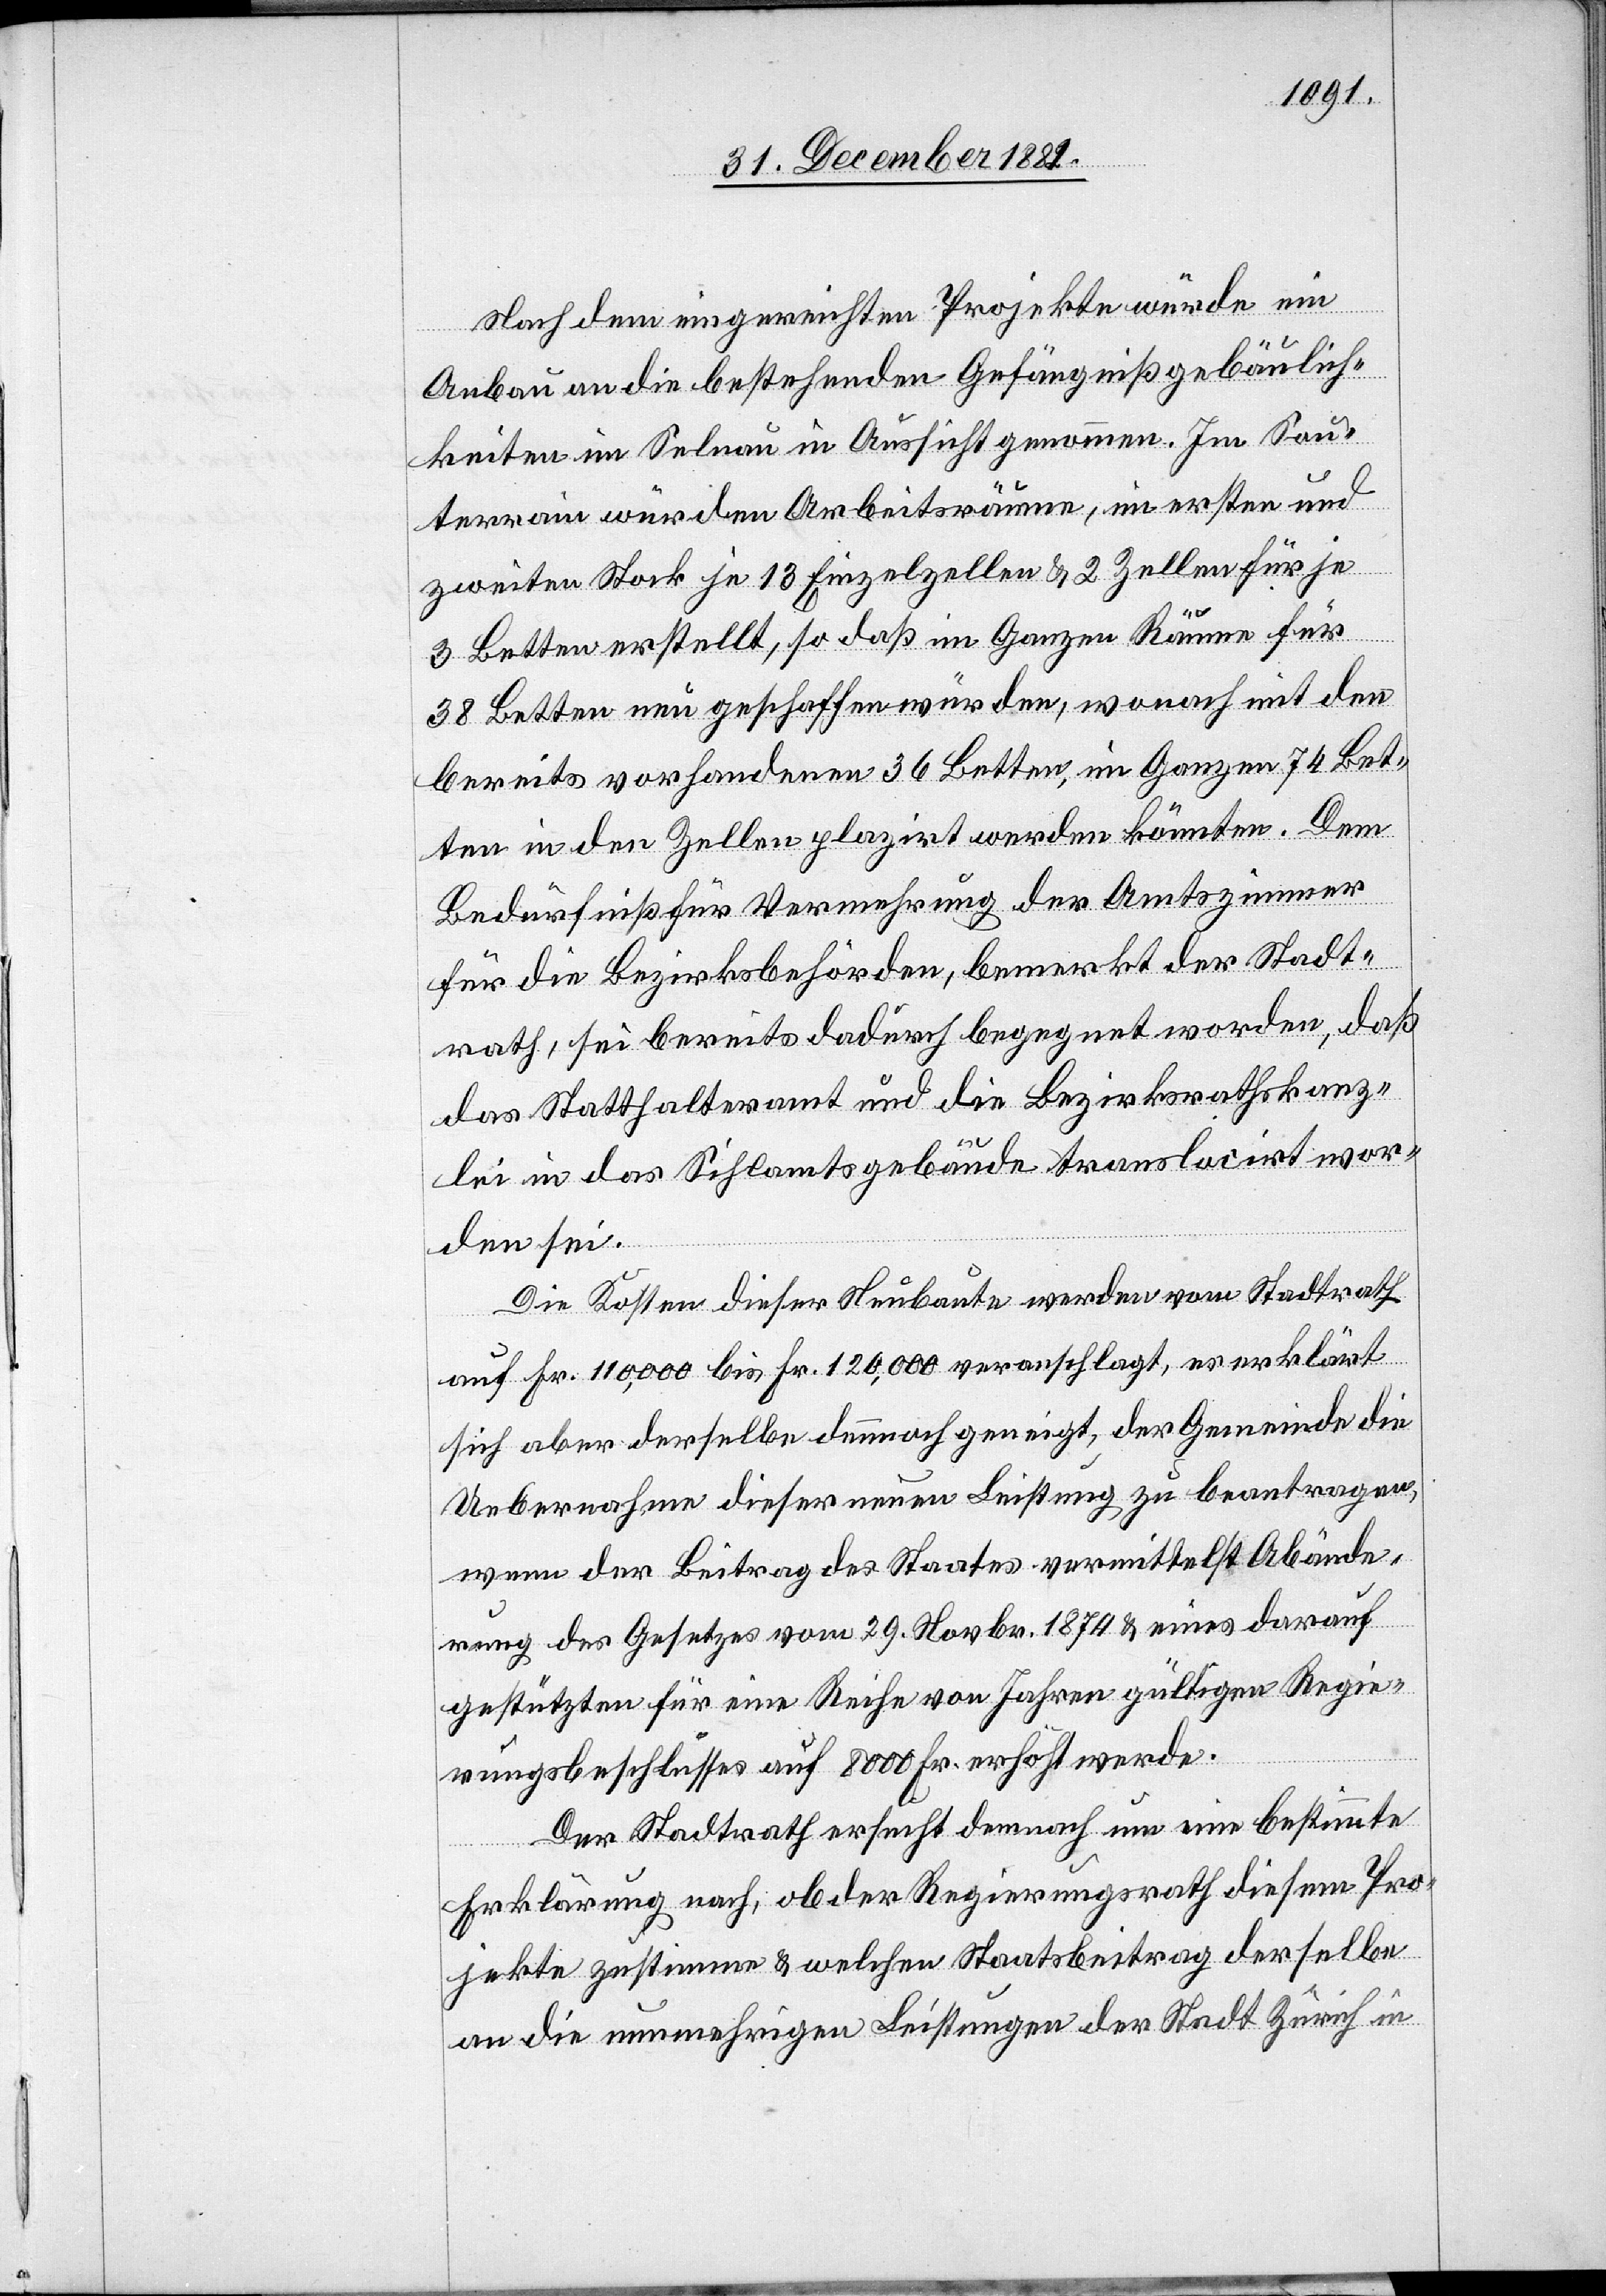
Nach dem eingereichten Projekte würde ein
Anbau an die bestehenden Gefängnißgebäulich¬
keiten im Selnau in Aussicht genommen. Im Sou¬
terrain würden Arbeitsräume, im ersten und
zweiten Stock je 13 Einzelzellen & 2 Zellen für je
3 Betten erstellt, so daß im Ganzen Räume für
38 Betten neu geschaffen würden, wonach mit den
bereits vorhandenen 36 Betten, im Ganzen 74 Bet¬
ten in den Zellen plazirt werden könnten. Dem
Bedürfniß für Vermehrung der Amtszimmer
für die Bezirksbehörden, bemerkt der Stadt¬
rath, sei bereits dadurch begegnet worden, daß
das Statthalteramt und die Bezirksrathskanz¬
lei in das Sihlamtsgebäude translocirt wor¬
den sei.
Die Kosten dieser Neubaute werden vom Stadtrath
auf Fr. 110,000 bis Fr. 120,000 veranschlagt, es erklärt
sich aber derselbe dennoch geneigt, der Gemeinde die
Uebernahme dieser neuen Leistung zu beantragen,
wenn der Beitrag des Staates vermittelst Abände¬
rung des Gesetzes vom 29. Novbr. 1874 & eines darauf
gestützten für eine Reihe von Jahren gültigen Regie¬
rungsbeschlusses auf 8000 Fr. erhöht werde.
Der Stadtrath ersucht demnach um eine bestimmte
Erklärung nach, ob der Regierungsrath diesem Pro¬
jekte zustimmen & welchen Staatsbeitrag derselbe
an die nunmehrigen Leistungen der Stadt Zürich in